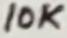
Text: 10K